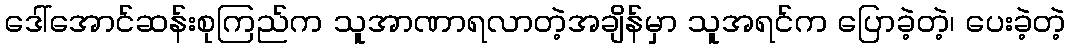
ဒေါ်အောင်ဆန်းစုကြည်က သူအာဏာရလာတဲ့အချိန်မှာ သူအရင်က ပြောခဲ့တဲ့၊ ပေးခဲ့တဲ့